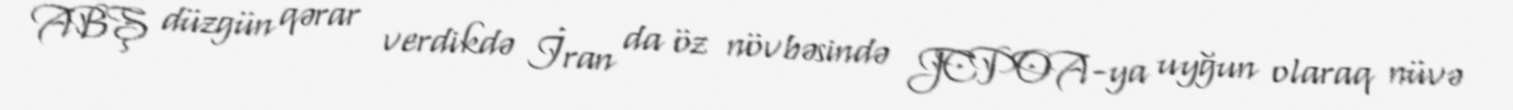
ABŞ düzgün qərar verdikdə İran da öz növbəsində JCPOA-ya uyğun olaraq nüvə